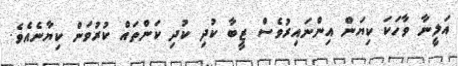
އަލީނާ ވާހަކަ ކިޔަން އިންނައިރުވެސް ޒީބާ ކުދި ކުދި ކަންތައް ކުރުވަން ކިޔާނެއެވެ.